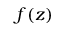
f ( z )